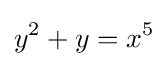
y^{2}+y=x^{5}